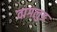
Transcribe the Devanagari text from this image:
वागलुङ